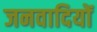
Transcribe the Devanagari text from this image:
जनवादियों